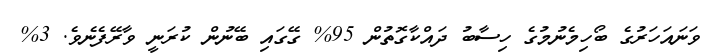
ވަނައަހަރުގެ ބޯހިމެނުމުގެ ހިސާބު ދައްކާގޮތުން 95% ގޭގައި ބޭނުން ކުރަނީ ވާރޭފެނެވެ. 3%